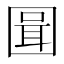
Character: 𭍪